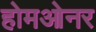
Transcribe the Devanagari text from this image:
होमओनर